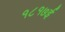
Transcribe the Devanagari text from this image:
१८१७ई